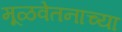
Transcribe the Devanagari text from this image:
मूळवेतनाच्या